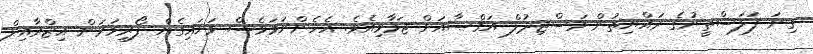
ގިނަ ފަލަސްތީނުގެ ރައްޔިތުން މަސްޖިދުލް އަޤްޞާއަށް ޖަމާވިއެވެ. އެހެންނަމަވެސް ވަށައިގެން ފޯރިމަރަން އިޒްރާއިލް